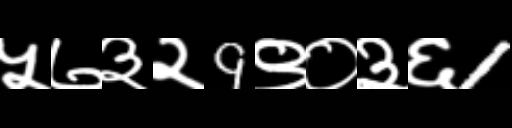
Text: ५७३२9९०३६1